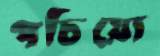
পচিয়ো